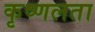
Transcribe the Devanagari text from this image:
कृष्णलता